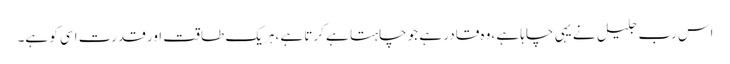
اس رب جلیل نے یہی چاہا ہے ،وہ قادر ہے جو چاہتا ہے کرتا ہے ،ہریک طاقت اور قدرت اسی کو ہے۔